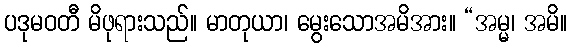
ပဒုမဝတီ မိဖုရားသည်။ မာတုယာ၊ မွေးသောအမိအား။ “အမ္မ၊ အမိ။